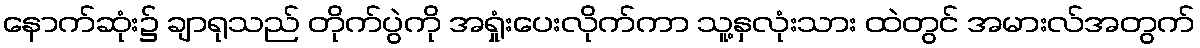
နောက်ဆုံး၌ ချာရုသည် တိုက်ပွဲကို အရှုံးပေးလိုက်ကာ သူ့နှလုံးသား ထဲတွင် အမားလ်အတွက်